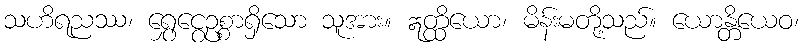
သဟိရညဿ၊ ရွှေငွေဥစ္စာရှိသော သူအား။ ဣတ္ထိယော၊ မိန်းမတို့သည်။ ယောန္တိယေဝ၊